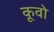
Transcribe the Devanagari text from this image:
कूवो